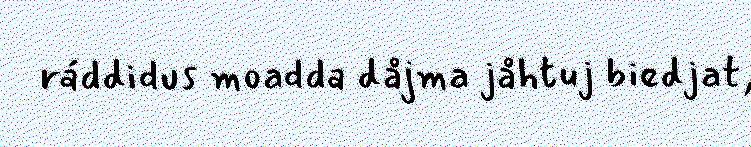
ráddidus moadda dåjma jåhtuj biedjat,